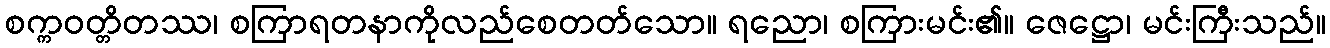
စက္ကဝတ္တိတဿ၊ စကြာရတနာကိုလည်စေတတ်သော။ ရညော၊ စကြားမင်း၏။ ဇေဋ္ဌော၊ မင်းကြီးသည်။